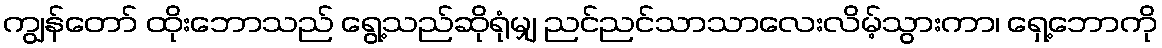
ကျွန်တော် ထိုးဘောသည် ရွေ့သည်ဆိုရုံမျှ ညင်ညင်သာသာလေးလိမ့်သွားကာ၊ ရှေ့ဘောကို